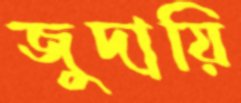
জুদায়ি